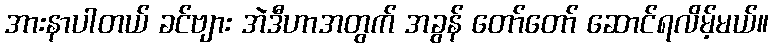
အားနာပါတယ် ခင်ဗျား အဲဒီဟာအတွက် အခွန် တော်တော် ဆောင်ရလိမ့်မယ်။